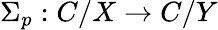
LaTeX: \Sigma_{p}:C/X\to C/Y